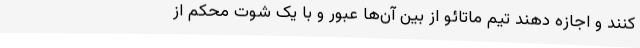
کنند و اجازه دهند تیم ماتائو از بین آن‌ها عبور و با یک شوت محکم از